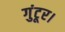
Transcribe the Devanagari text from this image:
गुंटूर।